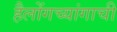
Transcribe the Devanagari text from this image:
हैलोंगच्यांगाची